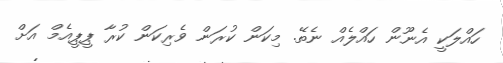
ހައްލަކީ އެނޫން ހައްލެއް ނެތޭ. މިކަން ކުރަން ވެރިކަން ކުރާ ޕީޕީއެމް އަށް